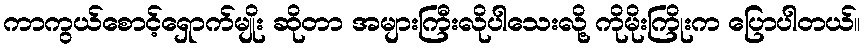
ကာကွယ်စောင့်ရှောက်မျိုး ဆိုတာ အများကြီးလိုပါသေးလို့ ကိုမိုးကြိုးက ပြောပါတယ်။